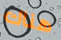
هناك